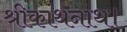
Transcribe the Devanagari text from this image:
श्रीकांथनाथ।